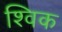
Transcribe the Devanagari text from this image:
श्विक